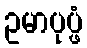
ဥမာပုပ္ဖံ